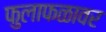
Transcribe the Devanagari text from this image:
फुलाफळावर